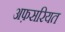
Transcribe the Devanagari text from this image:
अफ़सरियत